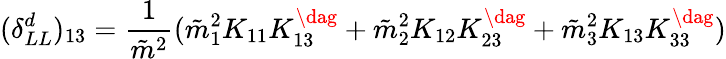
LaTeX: (\delta_{LL}^{d})_{13}=\frac{1}{\tilde{m}^{2}}(\tilde{m}_{1}^{2}K_{11}K_{13}^{\dag}+\tilde{m}_{2}^{2}K_{12}K_{23}^{\dag}+\tilde{m}_{3}^{2}K_{13}K_{33}^{\dag})